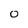
Character: 0